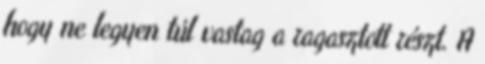
hogy ne legyen túl vastag a ragasztott részt. A